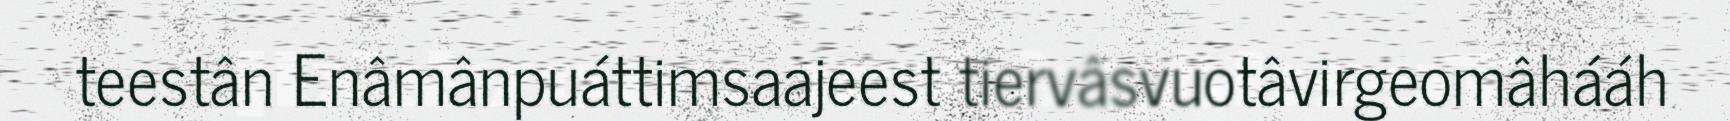
teestân Enâmânpuáttimsaajeest tiervâsvuotâvirgeomâhááh